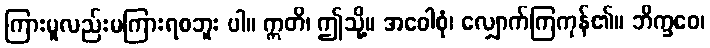
ကြားမူလည်းမကြားရစဘူး ပါ။ ဣတိ၊ ဤသို့။ အဝေါစုံ၊ လျှောက်ကြကုန်၏။ ဘိက္ခဝေ၊